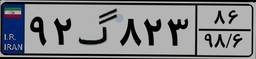
۹۲گ۸۲۳۸۶